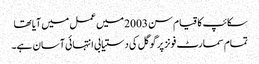
سکائپ کا قیام سن 2003 میں عمل میں آیا تھا
تمام سمارٹ فونز پر گوگل کی دستیابی انتہائی آسان ہے۔